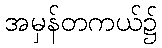
အမှန်တကယ်၌